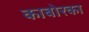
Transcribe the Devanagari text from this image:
काबोरका